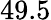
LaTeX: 49.5